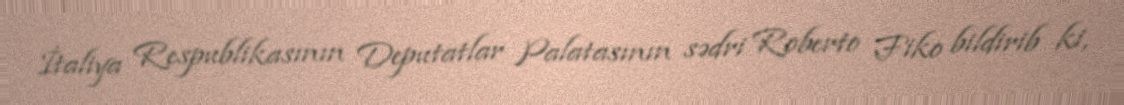
İtaliya Respublikasının Deputatlar Palatasının sədri Roberto Fiko bildirib ki,